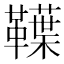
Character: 𩍣